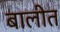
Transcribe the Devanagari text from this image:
बालीत